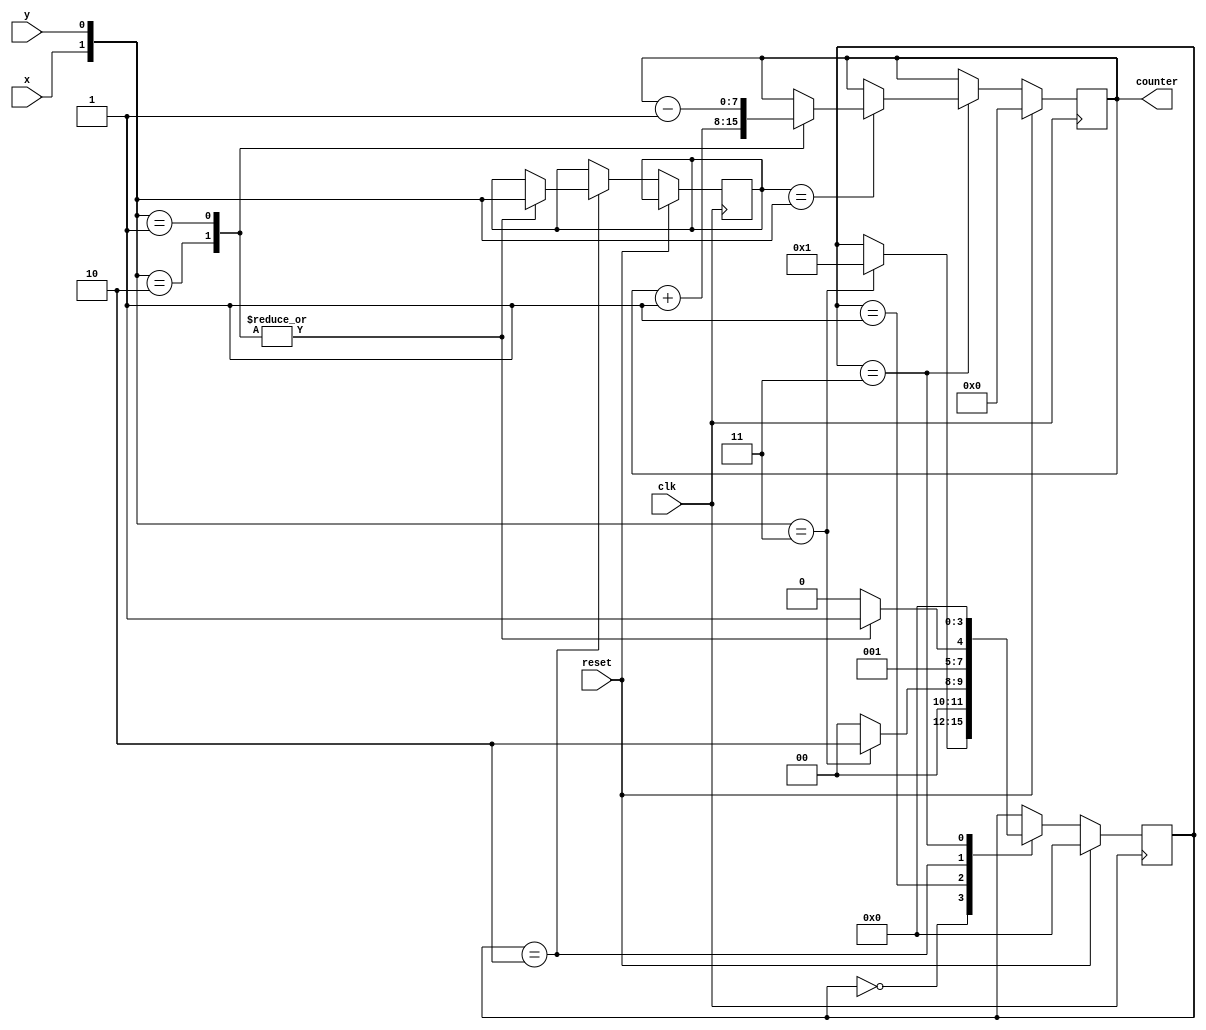
module encoder(
	input clk,
	input reset,
	input x,
	input y,
	output reg [7:0] counter
);
	reg [3:0] state;
	reg [1:0] temp_x_y;
	wire [1:0] x_y;
	assign x_y = {x,y};
	always @(posedge clk)
	begin
		if(reset == 1'b1) begin
			state <= 0;
			counter <= 8'd0;
		end
		else begin	
			case(state)
				0: begin
					if(x_y == 2'b11) state <= 1;
				end
				1: begin
					if(x_y == 2'b11) state <= 2;
					else state <= 0;
				end
				2: begin
					case(x_y)
						2'b10: begin temp_x_y <= x_y; state <= 3; end
						2'b01: begin temp_x_y <= x_y; state <= 3; end
						default: state <= 2;
					endcase
				end
				3: begin
					if(temp_x_y == x_y) begin 
						case(x_y)
						2'b10: begin counter <= counter +1; end
						2'b01: begin counter <= counter -1; end
						endcase
						state <= 0;
					end
					else state <= 0;
				end
			endcase
		end
	end
endmodule